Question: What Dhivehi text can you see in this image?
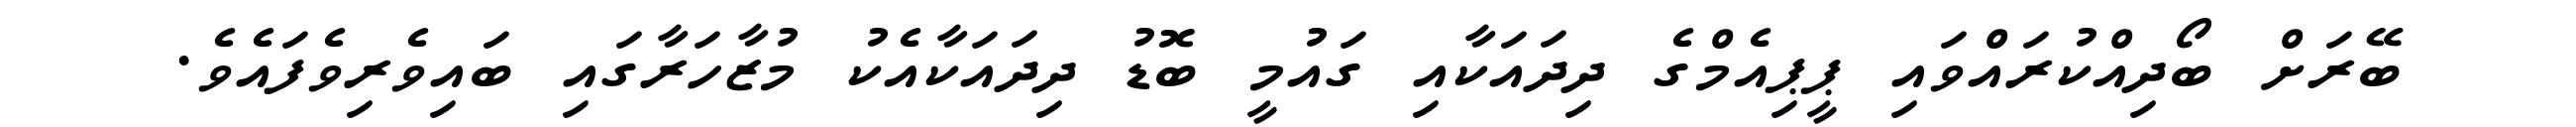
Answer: ބޭރަށް ބޯދިއްކުރައްވައި ޕީޕިއެމްގެ ދިދައަކާއި ގައުމީ ބޮޑު ދިދައަކާއެކު މުޒާހަރާގައި ބައިވެރިވެފައެވެ.